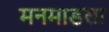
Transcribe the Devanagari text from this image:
मनमाडला